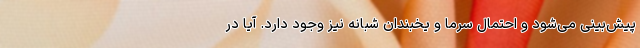
پیش‌بینی می‌شود و احتمال سرما و یخبندان شبانه نیز وجود دارد. آیا در